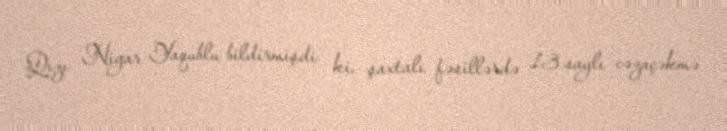
Qızı Nigar Yaqublu bildirmişdi ki, şaxtalı fəsillərdə 13 saylı cəzaçəkmə